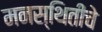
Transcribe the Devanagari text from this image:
मनस्थितीचे